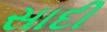
સાદી